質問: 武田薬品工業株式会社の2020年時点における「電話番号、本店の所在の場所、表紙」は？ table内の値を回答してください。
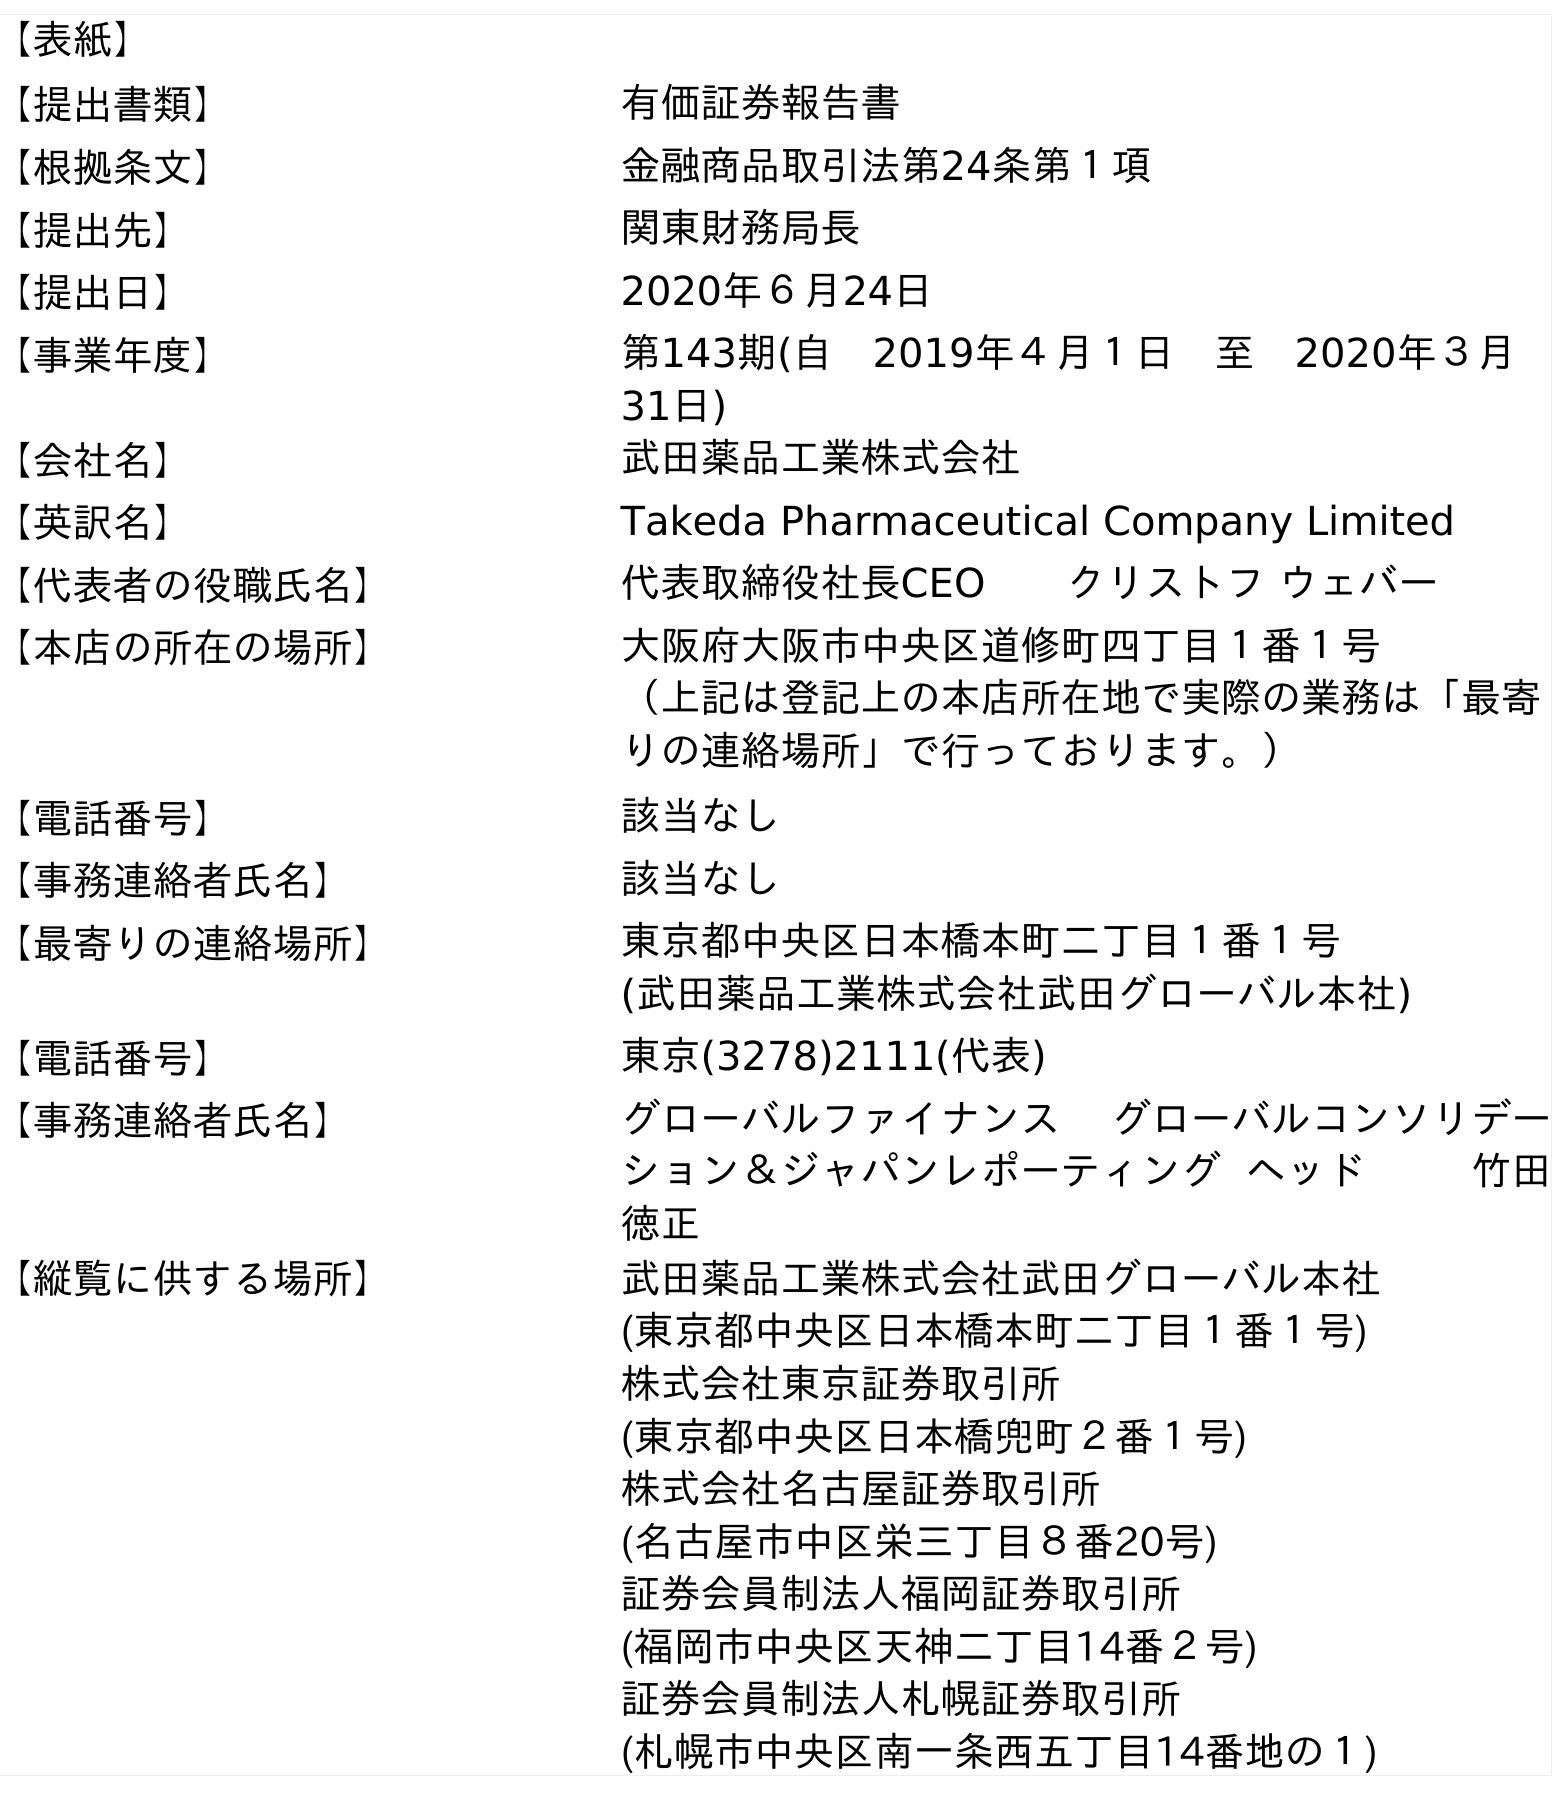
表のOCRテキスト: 【表紙】 【提出書類】 有価証券報告書 【根拠条文】 金融商品取引法第24条第１項 【提出先】 関東財務局長 【提出日】 2020年６月24日 【事業年度】 第143期(自 2019年４月１日 至 2020年３月 31日) 【会社名】 武田薬品工業株式会社 【英訳名】 Takeda Pharmaceutical Company Limited 【代表者の役職氏名】 代表取締役社長CEO  クリストフ ウェバー 【本店の所在の場所】 大阪府大阪市中央区道修町四丁目１番１号 （上記は登記上の本店所在地で実際の業務は「最寄 りの連絡場所」で行っております。） 【電話番号】 該当なし 【事務連絡者氏名】 該当なし 【最寄りの連絡場所】 東京都中央区日本橋本町二丁目１番１号 (武田薬品工業株式会社武田グローバル本社) 【電話番号】 東京(3278)2111(代表) 【事務連絡者氏名】 グローバルファイナンス グローバルコンソリデー ション＆ジャパンレポーティング ヘッド    竹田 徳正 【縦覧に供する場所】 武田薬品工業株式会社武田グローバル本社 (東京都中央区日本橋本町二丁目１番１号) 株式会社東京証券取引所 (東京都中央区日本橋兜町２番１号) 株式会社名古屋証券取引所 (名古屋市中区栄三丁目８番20号) 証券会員制法人福岡証券取引所 (福岡市中央区天神二丁目14番２号) 証券会員制法人札幌証券取引所 (札幌市中央区南一条西五丁目14番地の１)
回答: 該当なし